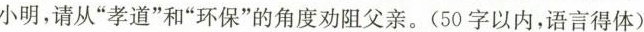
小明，请从“孝道”和“环保”的角度劝阻父亲。(50字以内，语言得体)